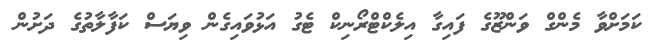
ކަމަށްވާ މެންގް ވަންޒޫގެ ފައިގާ އިލެކްޓްރޯނިކް ޓެގު އަޅުވައިގެން ވިޔަސް ކަފާލާތުގެ ދަށުން